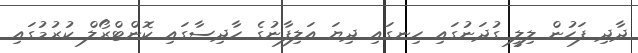
ދާދި ފަހުން ލިލީ ގުދަނުގައި ހިނގައި ދިޔަ އަލިފާނުގެ ހާދިސާގައި ކޮންޓްރޯލް ކުރުމުގައި